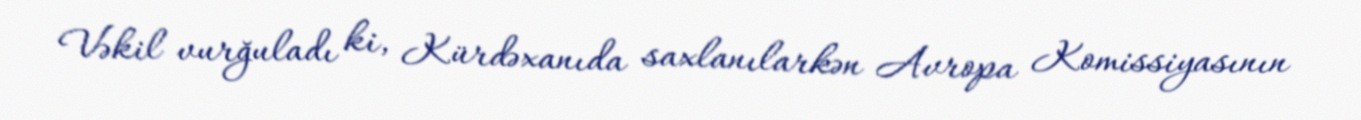
Vəkil vurğuladı ki, Kürdəxanıda saxlanılarkən Avropa Komissiyasının